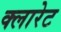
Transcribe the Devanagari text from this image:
क्लारेट